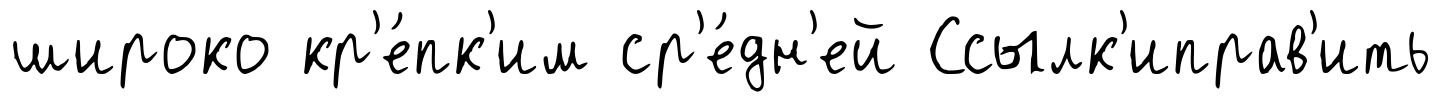
широко кр'е́пк'им ср'е́дн'ей Ссылк'иправ'ить